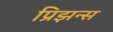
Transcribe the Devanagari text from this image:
प्रिझन्स